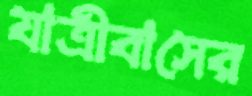
যাত্রীবাসের